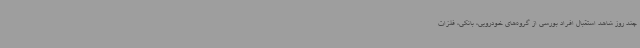
چند روز شاهد استقبال افراد بورسی از گروه‌های خودرویی، بانکی، فلزات